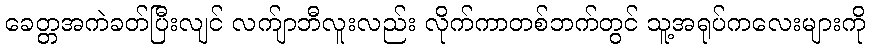
ခေတ္တအကဲခတ်ပြီးလျင် လက်ျာဘီလူးလည်း လိုက်ကာတစ်ဘက်တွင် သူ့အရုပ်ကလေးများကို